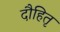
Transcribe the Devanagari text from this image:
दौहितृ